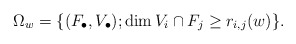
\begin{align*} \Omega_w = \{(F_\bullet,V_\bullet); \dim V_i\cap F_j\geq r_{i,j}(w)\}. \end{align*}